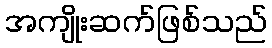
အကျိုးဆက်ဖြစ်သည်